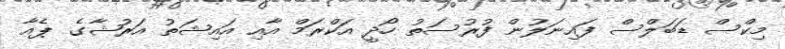
މިކްސް ޑަބަލްސް ފައިނަލުން ފުރުސަތު ހޯދީ އަކްރަމް އާއި އައިޝަތު އަރުޝާގެ ޕެއާ